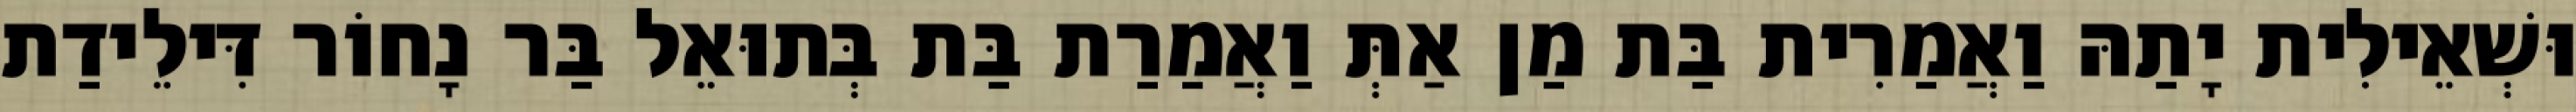
וּשְׁאֵילִית יָתַהּ וַאֲמַרִית בַּת מַן אַתְּ וַאֲמַרַת בַּת בְּתוּאֵל בַּר נָחוֹר דִּילֵידַת